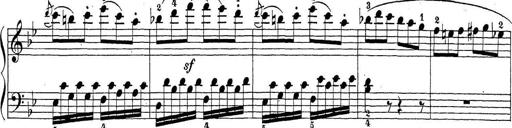
Title: Sonatina Album
Composer: Louis KÃ¶hler